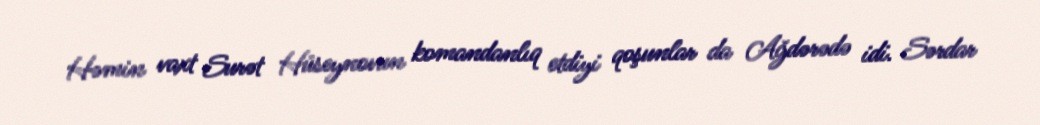
Həmin vaxt Surət Hüseynovun komandanlıq etdiyi qoşunlar da Ağdərədə idi. Sərdar